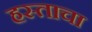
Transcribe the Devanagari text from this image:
हस्ताचा